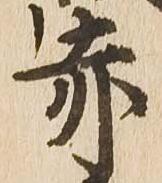
赤